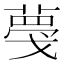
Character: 𦸑